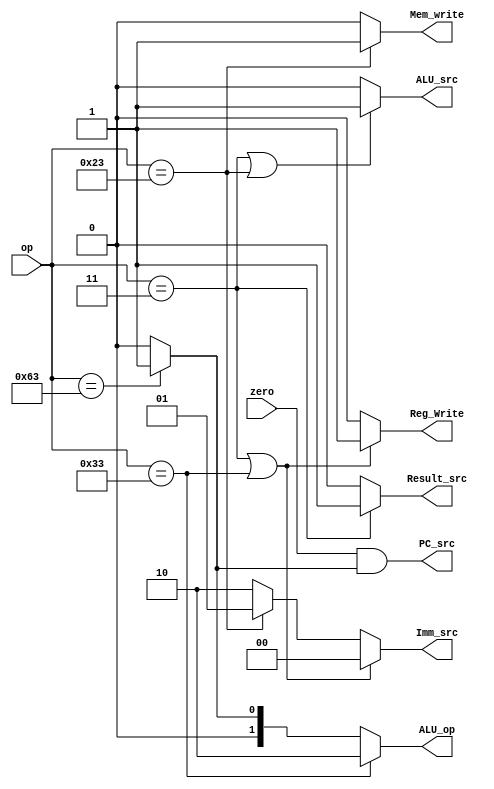
`timescale 1ns / 1ps
//////////////////////////////////////////////////////////////////////////////////
// Company: 
// Engineer: 
// 
// Design Name: 
// Module Name: Main_Decoder
// Project Name: 
// Target Devices: 
// Tool Versions: 
// Description: 
// 
// Dependencies: 
// 
// Revision:
// Revision 0.01 - File Created
// Additional Comments:
// 
//////////////////////////////////////////////////////////////////////////////////


module Main_Decoder(
    input [6:0]op,
    input zero,
    output PC_src,
    output Result_src,
    output Mem_write,
    output ALU_src,
    output Reg_Write,
    output [1:0]Imm_src,
    output [1:0]ALU_op
);
wire Branch;
assign PC_src=zero & Branch;
assign Reg_Write=(op==7'b0000011 || op==7'b0110011)?(1'b1):(1'b0);
assign Imm_src=(op==7'b0000011 || op==7'b0110011)?(2'b00):
               (op==7'b0100011)?(2'b01):(2'b10);
assign ALU_src=(op==7'b0000011 || op==7'b0100011)?(1'b1):(1'b0);
assign Mem_write=(op==7'b0100011)?(1'b1):(1'b0);
assign Result_src=(op==7'b0000011)?(1'b1):(1'b0);
assign Branch=(op==7'b1100011)?(1'b1):(1'b0);
assign ALU_op=(op==7'b0110011)?(2'b10):
               (op==7'b1100011)?(2'b01):(2'b00);
endmodule